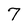
Character: 7